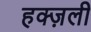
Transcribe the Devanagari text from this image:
हक्ज़ली